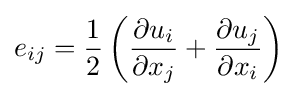
e_{ij}={\frac {1}{2}}\left({\frac {\partial u_{i}}{\partial x_{j}}}+{\frac {\partial u_{j}}{\partial x_{i}}}\right)